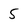
Character: 5